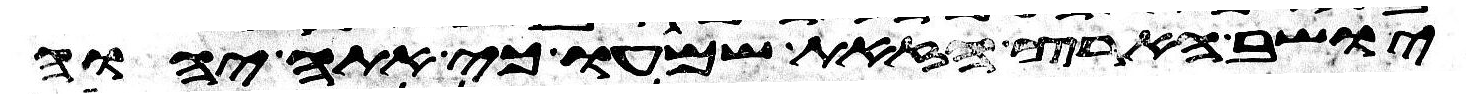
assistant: יושב הארץ הזאת שמעו כי אתה יהוה